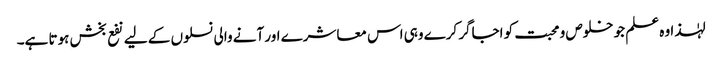
لہٰذا وہ علم جو خلوص و محبت کو اجاگر کرے وہی اس معاشرے اور آنے والی نسلوں کے لیے نفع بخش ہوتا ہے۔